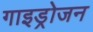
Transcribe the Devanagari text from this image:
गाइड्रोजन